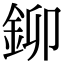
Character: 鉚